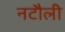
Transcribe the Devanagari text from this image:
नटौली